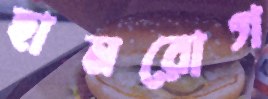
হামরোগ